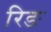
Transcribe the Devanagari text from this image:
रिङ